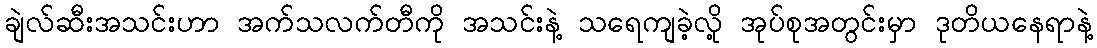
ချဲလ်ဆီးအသင်းဟာ အက်သလက်တီကို အသင်းနဲ့ သရေကျခဲ့လို့ အုပ်စုအတွင်းမှာ ဒုတိယနေရာနဲ့